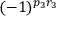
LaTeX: ( - 1 ) ^ { p _ { 3 } r _ { 3 } }